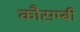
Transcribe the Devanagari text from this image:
कौसम्बी